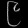
Digit: ၉